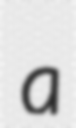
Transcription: a